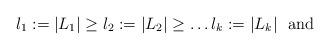
LaTeX: \begin{align*} l_{1}:=|L_{1}|\geq l_{2}:=|L_{2}|\geq \ldots l_{k}:=|L_{k}| \ \textrm{ and }\end{align*}